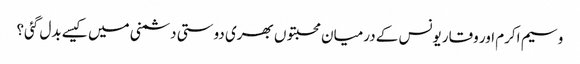
وسیم اکرم اور وقار یونس کے درمیان محبتوں بھری دوستی دشمنی میں کیسے بدل گئی؟